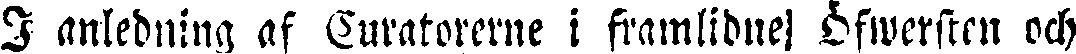
I anledning af Curatoreme i framlidne öfwersten och